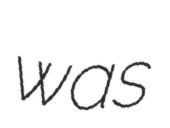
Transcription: was